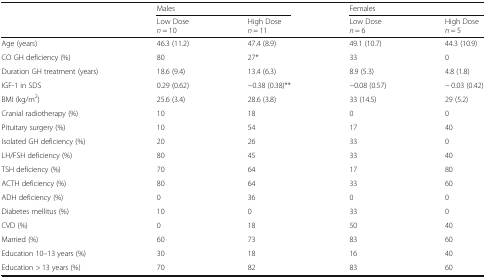
<table><thead><tr><td rowspan="2"></td><td colspan="2"><b>Males</b></td><td colspan="2"><b>Females</b></td></tr><tr><td><b>Low Dose<i>n</i> = 10</b></td><td><b>High Dose<i>n</i> = 11</b></td><td><b>Low Dose<i>n</i> = 6</b></td><td><b>High Dose<i>n</i> = 5</b></td></tr></thead><tbody><tr><td>Age (years)</td><td>46.3 (11.2)</td><td>47.4 (8.9)</td><td>49.1 (10.7)</td><td>44.3 (10.9)</td></tr><tr><td>CO GH deficiency (%)</td><td>80</td><td>27*</td><td>33</td><td>0</td></tr><tr><td>Duration GH treatment (years)</td><td>18.6 (9.4)</td><td>13.4 (6.3)</td><td>8.9 (5.3)</td><td>4.8 (1.8)</td></tr><tr><td>IGF-1 in SDS</td><td>0.29 (0.62)</td><td>−0.38 (0.38)**</td><td>−0.08 (0.57)</td><td>− 0.03 (0.42)</td></tr><tr><td>BMI (kg/m<sup>2</sup>)</td><td>25.6 (3.4)</td><td>28.6 (3.8)</td><td>33 (14.5)</td><td>29 (5.2)</td></tr><tr><td>Cranial radiotherapy (%)</td><td>10</td><td>18</td><td>0</td><td>0</td></tr><tr><td>Pituitary surgery (%)</td><td>10</td><td>54</td><td>17</td><td>40</td></tr><tr><td>Isolated GH deficiency (%)</td><td>20</td><td>26</td><td>33</td><td>0</td></tr><tr><td>LH/FSH deficiency (%)</td><td>80</td><td>45</td><td>33</td><td>40</td></tr><tr><td>TSH deficiency (%)</td><td>70</td><td>64</td><td>17</td><td>80</td></tr><tr><td>ACTH deficiency (%)</td><td>80</td><td>64</td><td>33</td><td>60</td></tr><tr><td>ADH deficiency (%)</td><td>0</td><td>36</td><td>0</td><td>0</td></tr><tr><td>Diabetes mellitus (%)</td><td>10</td><td>0</td><td>33</td><td>0</td></tr><tr><td>CVD (%)</td><td>0</td><td>18</td><td>50</td><td>40</td></tr><tr><td>Married (%)</td><td>60</td><td>73</td><td>83</td><td>60</td></tr><tr><td>Education 10–13 years (%)</td><td>30</td><td>18</td><td>16</td><td>40</td></tr><tr><td>Education &gt; 13 years (%)</td><td>70</td><td>82</td><td>83</td><td>60</td></tr></tbody></table>